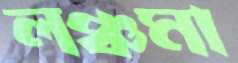
লঞ্চমা